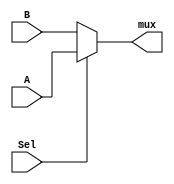
`timescale 1ns / 1ps
//////////////////////////////////////////////////////////////////////////////////
// Company: 
// Engineer: 
// 
// Design Name: 
// Module Name: mux2X1
// Project Name: 
// Target Devices: 
// Tool Versions: 
// Description: 
// 
// Dependencies: 
// 
// Revision:
// Revision 0.01 - File Created
// Additional Comments:
// 
//////////////////////////////////////////////////////////////////////////////////


module mux_2X1(
input [31:0]A,B,
input Sel,
output [31:0]mux
    );
    
    assign mux = Sel ? A : B;
endmodule